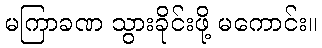
မကြာခဏ သွားခိုင်းဖို့ မကောင်း။